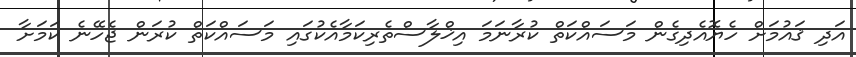
އަދި ޤައުމަށް ހެޔޮއެދިގެން މަސައްކަތް ކުރާނަމަ އިޚްލާސްތެރިކަމާއެކުގައި މަސައްކަތް ކުރަން ޖެހޭނެ ކަމަށާ